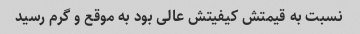
نسبت به قیمتش کیفیتش عالى بود به موقع و گرم رسید